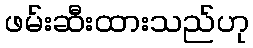
ဖမ်းဆီးထားသည်ဟု